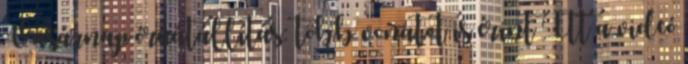
Vasárnap óraátállítás: több vonatot is érint Itt a videó